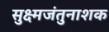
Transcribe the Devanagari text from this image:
सुक्ष्मजंतुनाशक